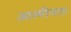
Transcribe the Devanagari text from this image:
आत्‍मीयता